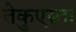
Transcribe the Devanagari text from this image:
तेकुएस्ता